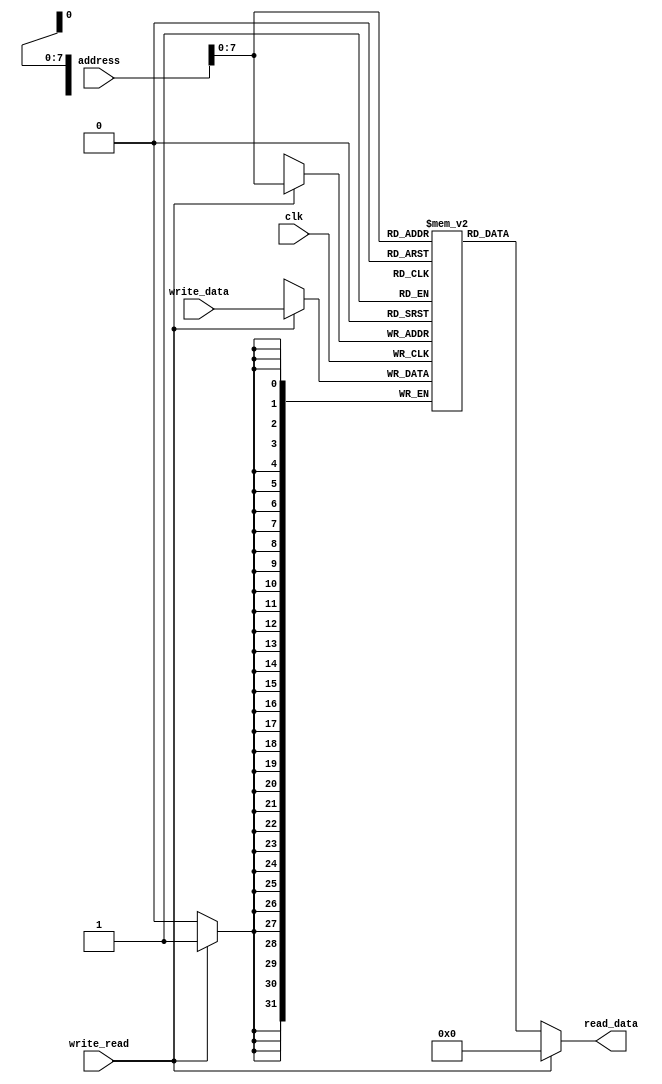
/*
	module: data_memory
        Description:  it is a RAM . it have control signal to allowing write or read from it 
			   the write opearation is synchronized with the clock and the read
		           opearation is combinationally logic 
        inputs: CLK : the global clock of the system , RESET : the global reset of the system , ADDRESS : 32-bit address line 
		 WRITE_READ : control signal to read or write enable , WRITE_DATA : 32-bit data pass 
	outputs: READ_DATA : 32-bit data pass
*/
module data_memory #(parameter WIDTH = 32 , MEM_DEPTH = 256 )(
input                     clk,
input                     write_read,
input  [ WIDTH - 1 : 0 ]  address,
input  [ WIDTH - 1 : 0 ]  write_data,
output [ WIDTH - 1 : 0 ]  read_data
);

reg    [ WIDTH - 1 : 0 ] DATA [ 0 : MEM_DEPTH - 1];

integer i;
	
// the synchronuos write 
always @(posedge clk) begin
	
/*
	if(~RESET) // synchronus reset
	    for(i = 0 ; i < MEM_DEPTH ; i = i + 1 )
		  DATA[i] <= { WIDTH{1'b0} };

	else begin
	    if (WRITE_READ) // write opearation
	        DATA[ADDRESS] <= WRITE_DATA;
	end
*/
	
	if (write_read)                                                       // write opearation
		DATA[address] <= write_data;
end
assign read_data = (write_read) ? 32'h0000_0000 : DATA[address];              // read opearation

initial begin
for(i = 0 ; i < MEM_DEPTH ; i = i + 1 )
		  DATA[i] <= { WIDTH{1'b0} };
end
endmodule